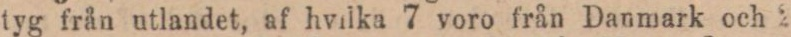
tyg från utlandet, af hvilka 7 voro från Danmark och 2